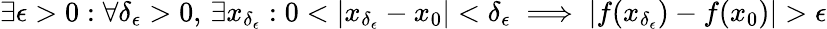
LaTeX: \exists\epsilon>0:\forall\delta_{\epsilon}>0,\, \exists x_{\delta_{\epsilon}}:0<|x_{\delta_{\epsilon}}-x_{0}|<\delta_{\epsilon}\implies|f(x_{\delta_{\epsilon}})-f(x_{0})|>\epsilon